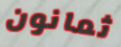
ثمانون